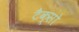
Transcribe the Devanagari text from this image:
टैक्सो